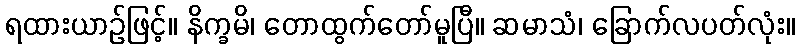
ရထားယာဉ်ဖြင့်။ နိက္ခမိ၊ တောထွက်တော်မူပြီ။ ဆမာသံ၊ ခြောက်လပတ်လုံး။